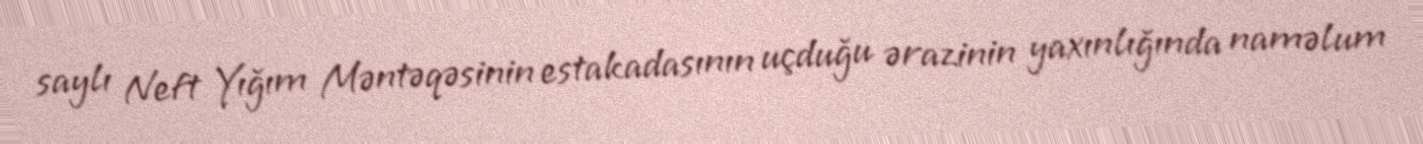
saylı Neft Yığım Məntəqəsinin estakadasının uçduğu ərazinin yaxınlığında naməlum